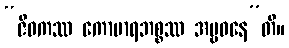
“ဇီဝကဿ ကောမာရဘစ္စဿ အမ္ဗဝနေ”တိ။